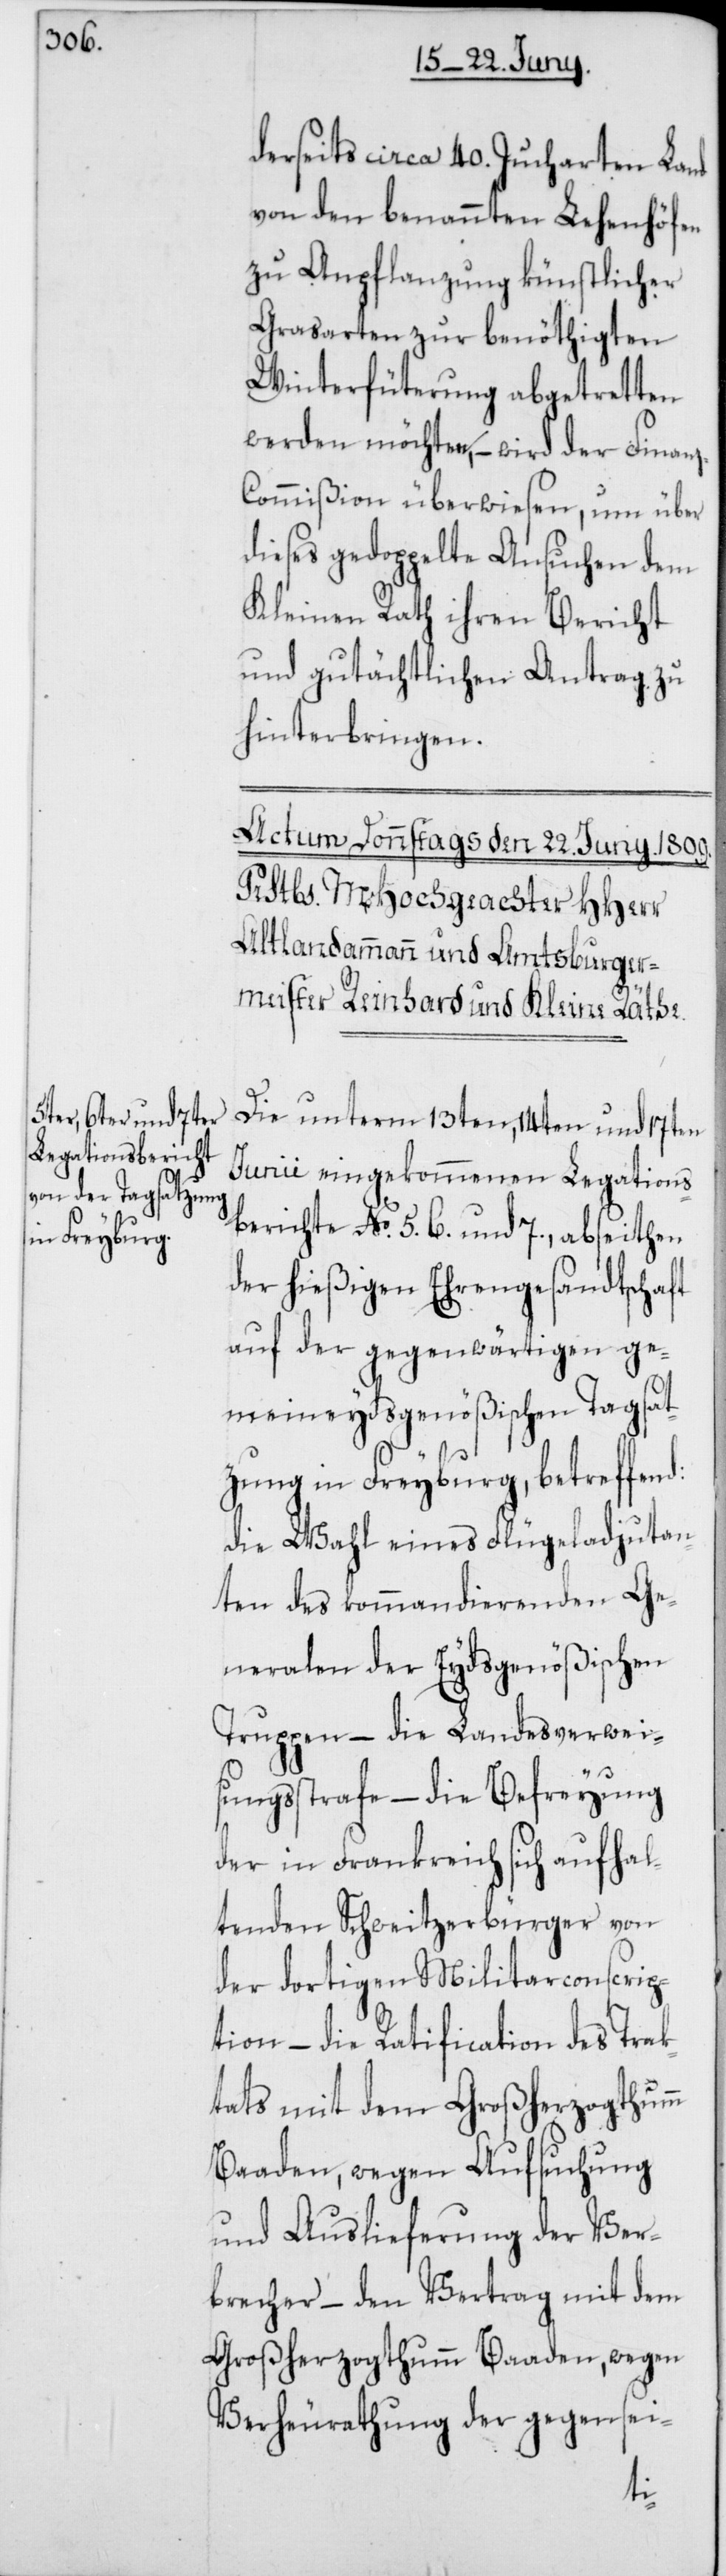
derseits circa 40. Jucharten Land
von den benannten Lehenhöfen
zu Anpflanzung künstlicher
Grasarten zur benöthigten
Winterfüterung abgetretten
werden möchten, – wird der Finan¬
ommißion überwiesen, um über
dieses gedoppelte Ansuchen dem
Kleinen Rath ihren Bericht
und gutächtlichen Antrag zu
hinterbringen.
Die unterm 13ten, 14ten und 17ten
Junii eingekommenen Legations¬
berichte No 5.[,] 6. und 7., abseiten
der hießigen Ehrengesandtschaft
auf der gegenwärtigen ge¬
meineydsgenößischen Tagsat¬
zung in Freyburg, betreffen¬
die Wahl eines Flügeladjutan¬
ten des kommandierenden Ge¬
neralen der Eydsgenößischen
Truppen – die Landesverwei¬
sungsstrafe – die Befreyung
der in Frankreich sich aufhal¬
tenden Schweitzerbürger von
der dortigen Militarconscrip¬
tion – die Ratification des Trak¬
tats mit dem Großherzogthum
Baaden, wegen Aufsuchung
und Auslieferung der Ver¬
brecher – den Vertrag mit dem
Großherzogthum Baaden, wegen
Verheurathung der gegensei-
d: